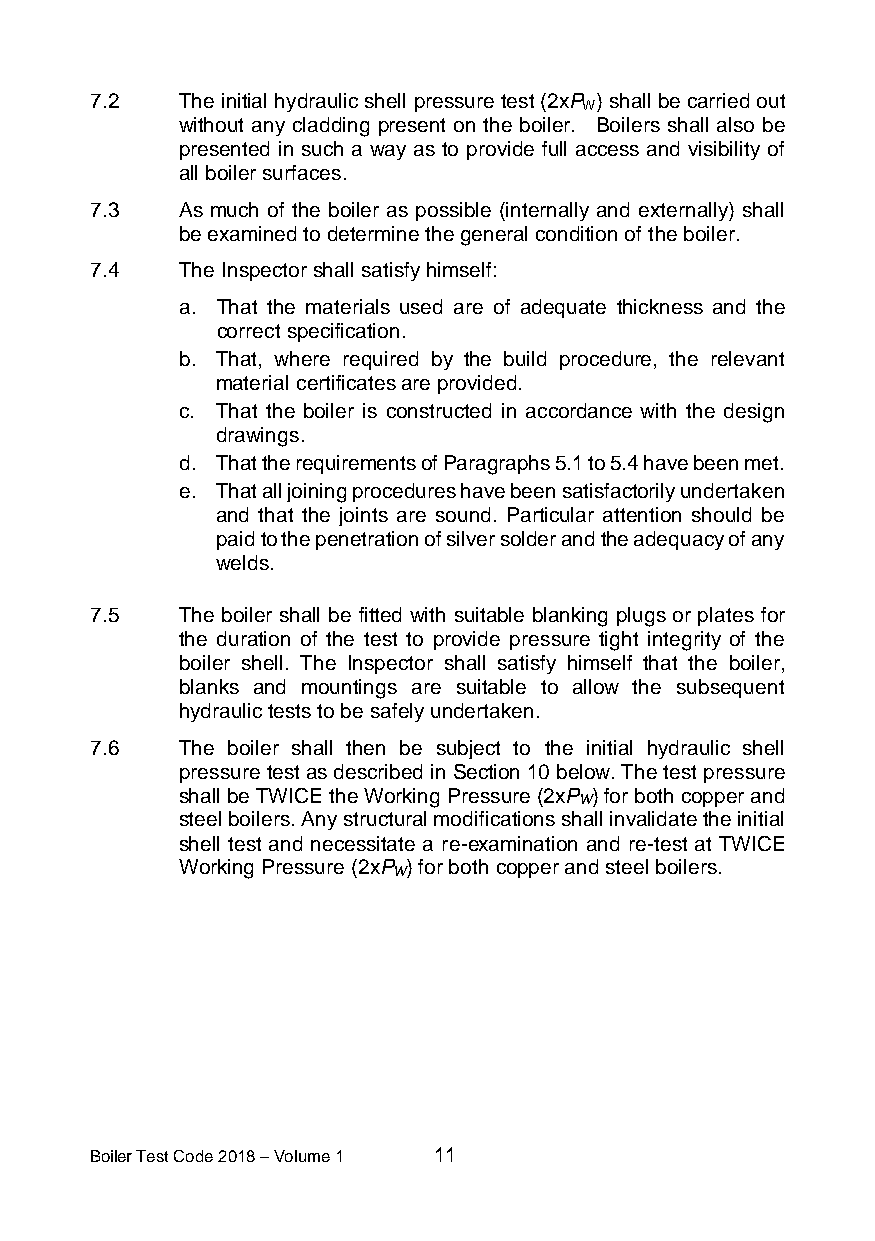
7.2   The initial hydraulic shell pressure test (2xP ) shall be carried out
 W
 without any cladding present on the boiler. Boilers shall also be
 presented in such a way as to provide full access and visibility of
 all boiler surfaces.
 7.3   As much of the boiler as possible (internally and externally) shall
 be examined to determine the general condition of the boiler.
 7.4   The Inspector shall satisfy himself:
 a. That the materials used are of adequate thickness and the
 correct specification.
 b. That, where required by the build procedure, the relevant
 material certificates are provided.
 c. That the boiler is constructed in accordance with the design
 drawings.
 d. That the requirements of Paragraphs 5.1 to 5.4 have been met.
 e. That all joining procedures have been satisfactorily undertaken
 and that the joints are sound. Particular attention should be
 paid to the penetration of silver solder and the adequacy of any
 welds.
 7.5   The boiler shall be fitted with suitable blanking plugs or plates for
 the duration of the test to provide pressure tight integrity of the
 boiler shell. The Inspector shall satisfy himself that the boiler,
 blanks and mountings are suitable to allow the subsequent
 hydraulic tests to be safely undertaken.
 7.6   The boiler shall then be subject to the initial hydraulic shell
 pressure test as described in Section 10 below. The test pressure
 shall be TWICE the Working Pressure (2xP ) for both copper and
 W
 steel boilers. Any structural modifications shall invalidate the initial
 shell test and necessitate a re-examination and re-test at TWICE
 Working Pressure (2xP ) for both copper and steel boilers.
 W
 Boiler Test Code 2018 – Volume 1 11